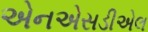
એનએસડીએલ